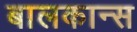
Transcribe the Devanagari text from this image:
बालकान्स